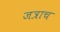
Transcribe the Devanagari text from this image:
जत्राच